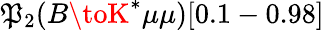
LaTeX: \mathfrak{P}_{2}(B\toK^{*}\mu\mu)[0.1-0.98]